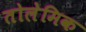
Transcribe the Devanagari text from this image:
तोलेमिक